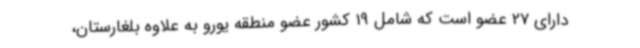
دارای 27 عضو است که شامل 19 کشور عضو منطقه یورو به علاوه بلغارستان،